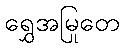
ရွှေအမြုတေ